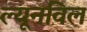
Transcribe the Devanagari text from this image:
ल्यूनविल